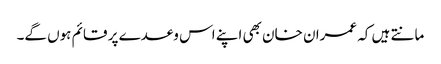
مانتے ہیں کہ عمران خان بھی اپنے اس وعدے پر قائم ہوں گے۔